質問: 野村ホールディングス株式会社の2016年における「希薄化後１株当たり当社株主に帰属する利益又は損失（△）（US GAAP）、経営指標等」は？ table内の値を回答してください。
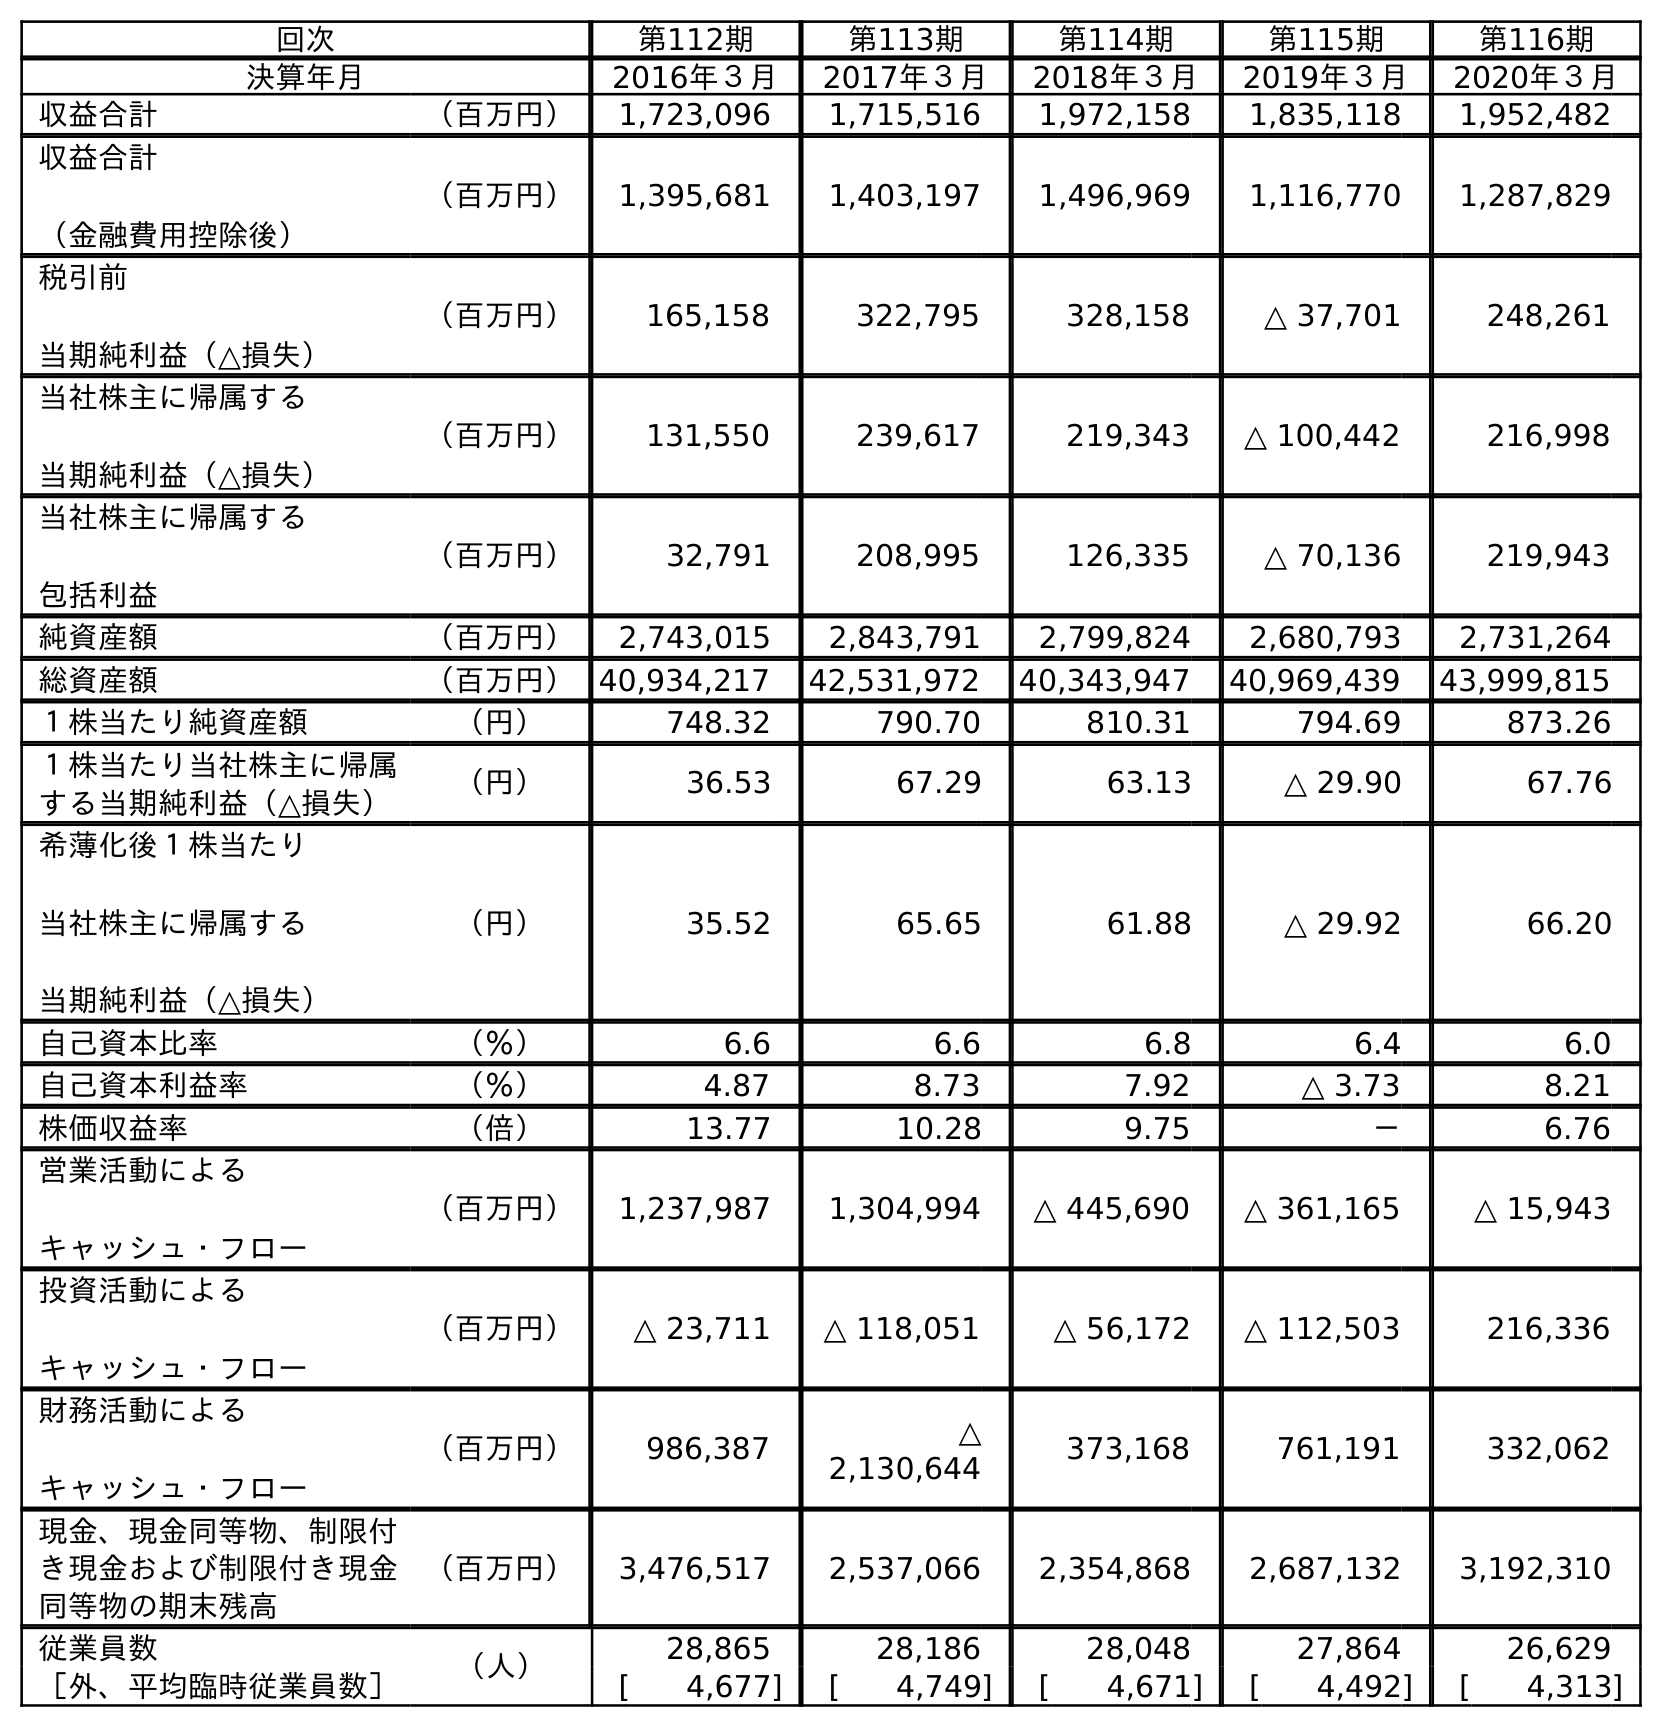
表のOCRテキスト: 回次 第112期 第113期 第114期 第115期 第116期 決算年月 2016年３月 2017年３月 2018年３月 2019年３月 2020年３月 収益合計 （百万円） 1,723,096 1,715,516 1,972,158 1,835,118 1,952,482 収益合計 （金融費用控除後） （百万円） 1,395,681 1,403,197 1,496,969 1,116,770 1,287,829 税引前 当期純利益（△損失） （百万円） 165,158 322,795 328,158 △ 37,701 248,261 当社株主に帰属する 当期純利益（△損失） （百万円） 131,550 239,617 219,343 △ 100,442 216,998 当社株主に帰属する 包括利益 （百万円） 32,791 208,995 126,335 △ 70,136 219,943 純資産額 （百万円） 2,743,015 2,843,791 2,799,824 2,680,793 2,731,264 総資産額 （百万円）40,934,217 42,531,972 40,343,947 40,969,439 43,999,815 １株当たり純資産額 （円） 748.32 790.70 810.31 794.69 873.26 １株当たり当社株主に帰属 する当期純利益（△損失） （円） 36.53 67.29 63.13 △ 29.90 67.76 希薄化後１株当たり 当社株主に帰属する 当期純利益（△損失） （円） 35.52 65.65 61.88 △ 29.92 66.20 自己資本比率 （％） 6.6 6.6 6.8 6.4 6.0 自己資本利益率 （％） 4.87 8.73 7.92 △ 3.73 8.21 株価収益率 （倍） 13.77 10.28 9.75 － 6.76 営業活動による キャッシュ・フロー （百万円） 1,237,987 1,304,994 △ 445,690 △ 361,165 △ 15,943 投資活動による キャッシュ・フロー （百万円） △ 23,711 △ 118,051 △ 56,172 △ 112,503 216,336 財務活動による キャッシュ・フロー （百万円） 986,387 △ 2,130,644 373,168 761,191 332,062 現金、現金同等物、制限付 き現金および制限付き現金 同等物の期末残高 （百万円） 3,476,517 2,537,066 2,354,868 2,687,132 3,192,310 従業員数 （人） 28,865 28,186 28,048 27,864 26,629 ［外、平均臨時従業員数］ [ 4,677] [ 4,749] [ 4,671] [ 4,492] [ 4,313]
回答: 35.52